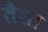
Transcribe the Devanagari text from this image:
तैशा